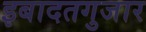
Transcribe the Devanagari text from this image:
इबादतगुजार